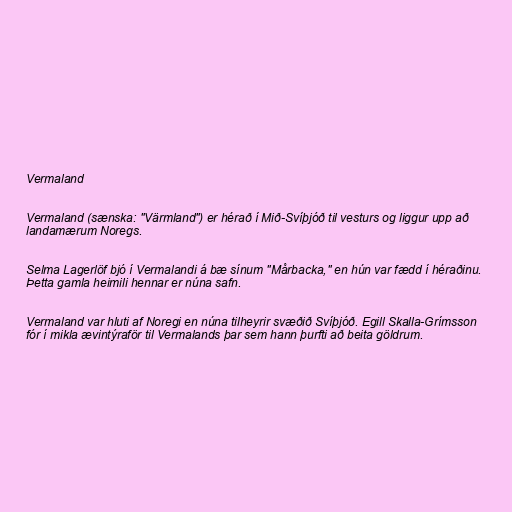
Vermaland

Vermaland (sænska: "Värmland") er hérað í Mið-Svíþjóð til vesturs og liggur upp að
landamærum Noregs.

Selma Lagerlöf bjó í Vermalandi á bæ sínum "Mårbacka," en hún var fædd í héraðinu.
Þetta gamla heimili hennar er núna safn.

Vermaland var hluti af Noregi en núna tilheyrir svæðið Svíþjóð. Egill Skalla-Grímsson
fór í mikla ævintýraför til Vermalands þar sem hann þurfti að beita göldrum.